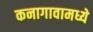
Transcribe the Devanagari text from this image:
कनागावामध्ये